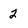
Character: 2